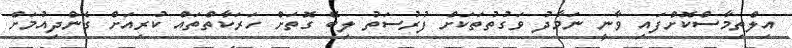
އިލްތިމާސްކޮށްފައި ވާނީ ނަމާދު ވަގުތުތަކަށް ފުރުސަތު ލިބޭ ގޮތަށް ހަރަކާތްތައް ކުރިއަށް ގެންދިއުމަށް